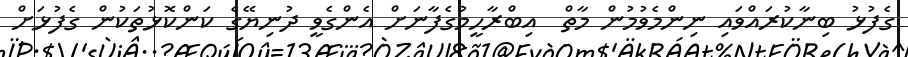
ގެފުޅު ބިނާކުރައްވައި ނިންމެވުމުން މާތް  އިބްރާހީމުގެފާނަށް އެންގެވީ ދުނިޔޭގެ ކަންކޮޅުތަކުން ގެފުޅަށް